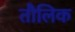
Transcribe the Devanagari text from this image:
तौलिक